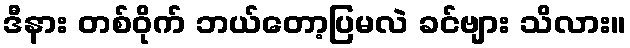
ဒီနား တစ်ဝိုက် ဘယ်တော့ပြမလဲ ခင်ဗျား သိလား။